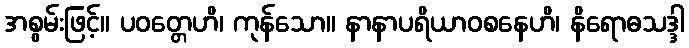
အစွမ်းဖြင့်။ ပဝတ္တေဟိ၊ ကုန်သော။ နာနာပရိယာဝစနေဟိ၊ နိရောဓသဒ္ဒါ